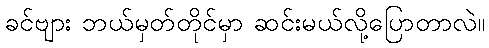
ခင်ဗျား ဘယ်မှတ်တိုင်မှာ ဆင်းမယ်လို့ပြောတာလဲ။